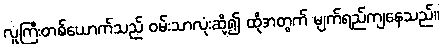
လူကြီးတစ်ယောက်သည် ဝမ်းသာလုံးဆို့၍ ထိုအတွက် မျက်ရည်ကျနေသည်။